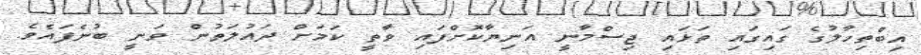
އިބްތިހާލުގެ ގައިގައި ތަޅައި ޖިސްމާނީ އަނިޔާކޮށްފައި ވާތީ ކަމަށް ދައުލަތުން ވަނީ ބުނެފައެވެ.